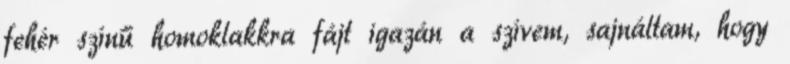
fehér színű homoklakkra fájt igazán a szívem, sajnáltam, hogy